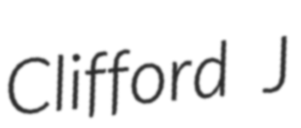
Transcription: Clifford J